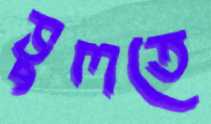
ভুলতে